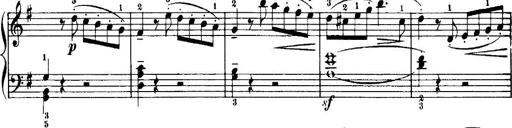
Title: 7 Sonatinas
Composer: Anton Diabelli